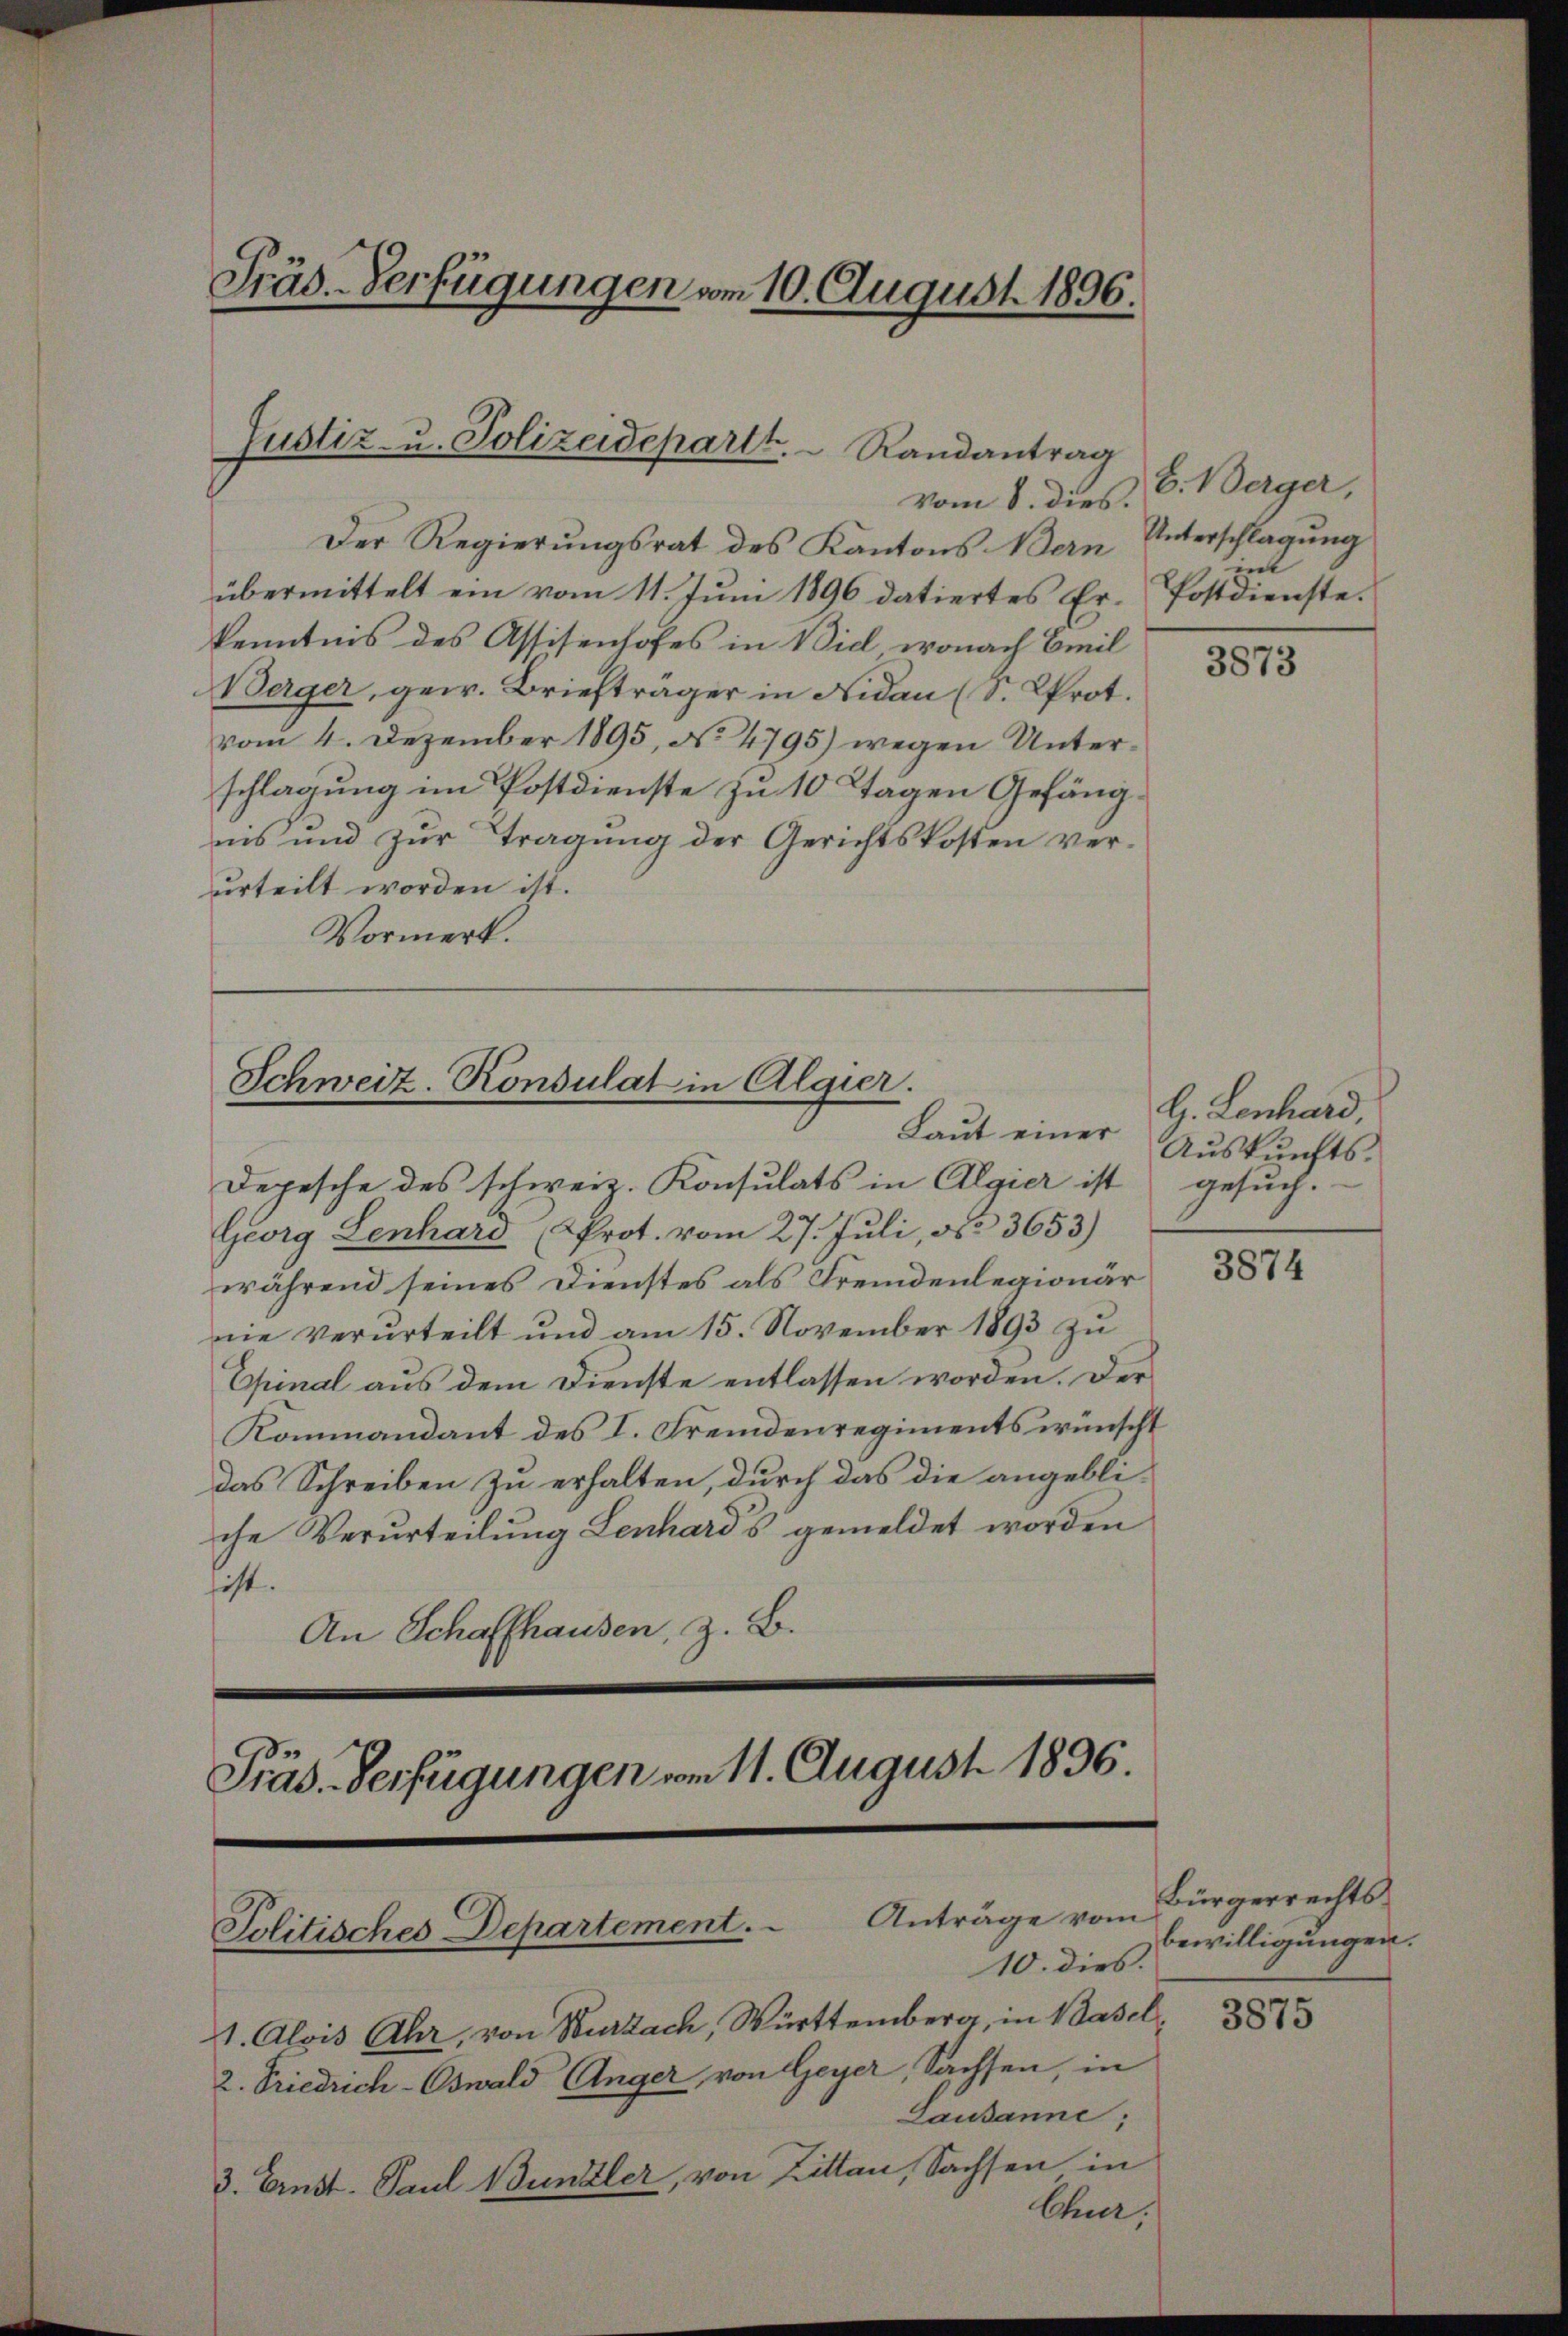
Der Regierungsrat des Kantons Bern Unterschlagung
übermittelt ein vom 11. Jŭni 1896 datiertes Er-Postdienste.
kenntnis des Assisenhofes in Viel, wonach Emil
Berger, gew. Briefträger in Nidau (S. Prot.
vom 4. Dezember 1895, No 4795) wegen Unterschlagung im Postdienste zu 10 Tagen Gefängnis und zŭr Tragŭng der Gerichtskosten ver-
urteilt worden ist.
Vormerk.

Präs. Verfügungen vom 10. August 1896.

Justiz- u. Polizeidepartt.  Randantrag
vom 8. dies.

Schweiz. Konsulat in Algier.
Laut einer

Depesche des schweiz. Konsulats in Algier ist gesuch.
Georg Lenhard (Prot. vom 27. Juli, ca 3653)
während seines Dienstes als Fremdenlegionär
nie verurteilt und am 15. November 1893 zu
Epinal aus dem Dienste entlassen worden. Der
Kommandant des I. Fremdenregiments wünscht
das Schreiben zu erhalten, durch das die angebli-
che Verurteilung Lenhards gemeldet worden
hist.
An Schaffhausen, z. B.
Präs. Verfügungen vom 11. August 1836.

Jolitisches Departement. Anträge vom
10. dies

11. Alois Ahr, von Wurzach, Württemberg, in Basel           8
2. Friedrich-Oswald Anger, von Geyer, Sachsen, in
Lausanne;

3. Ernst. Paul Bunzler, von Littan, Sachsen in

Chur.

B. Berger,

3873

G. Lenhard,
Auskunfts¬

3874

Bürgerrechtsbewilligungen.